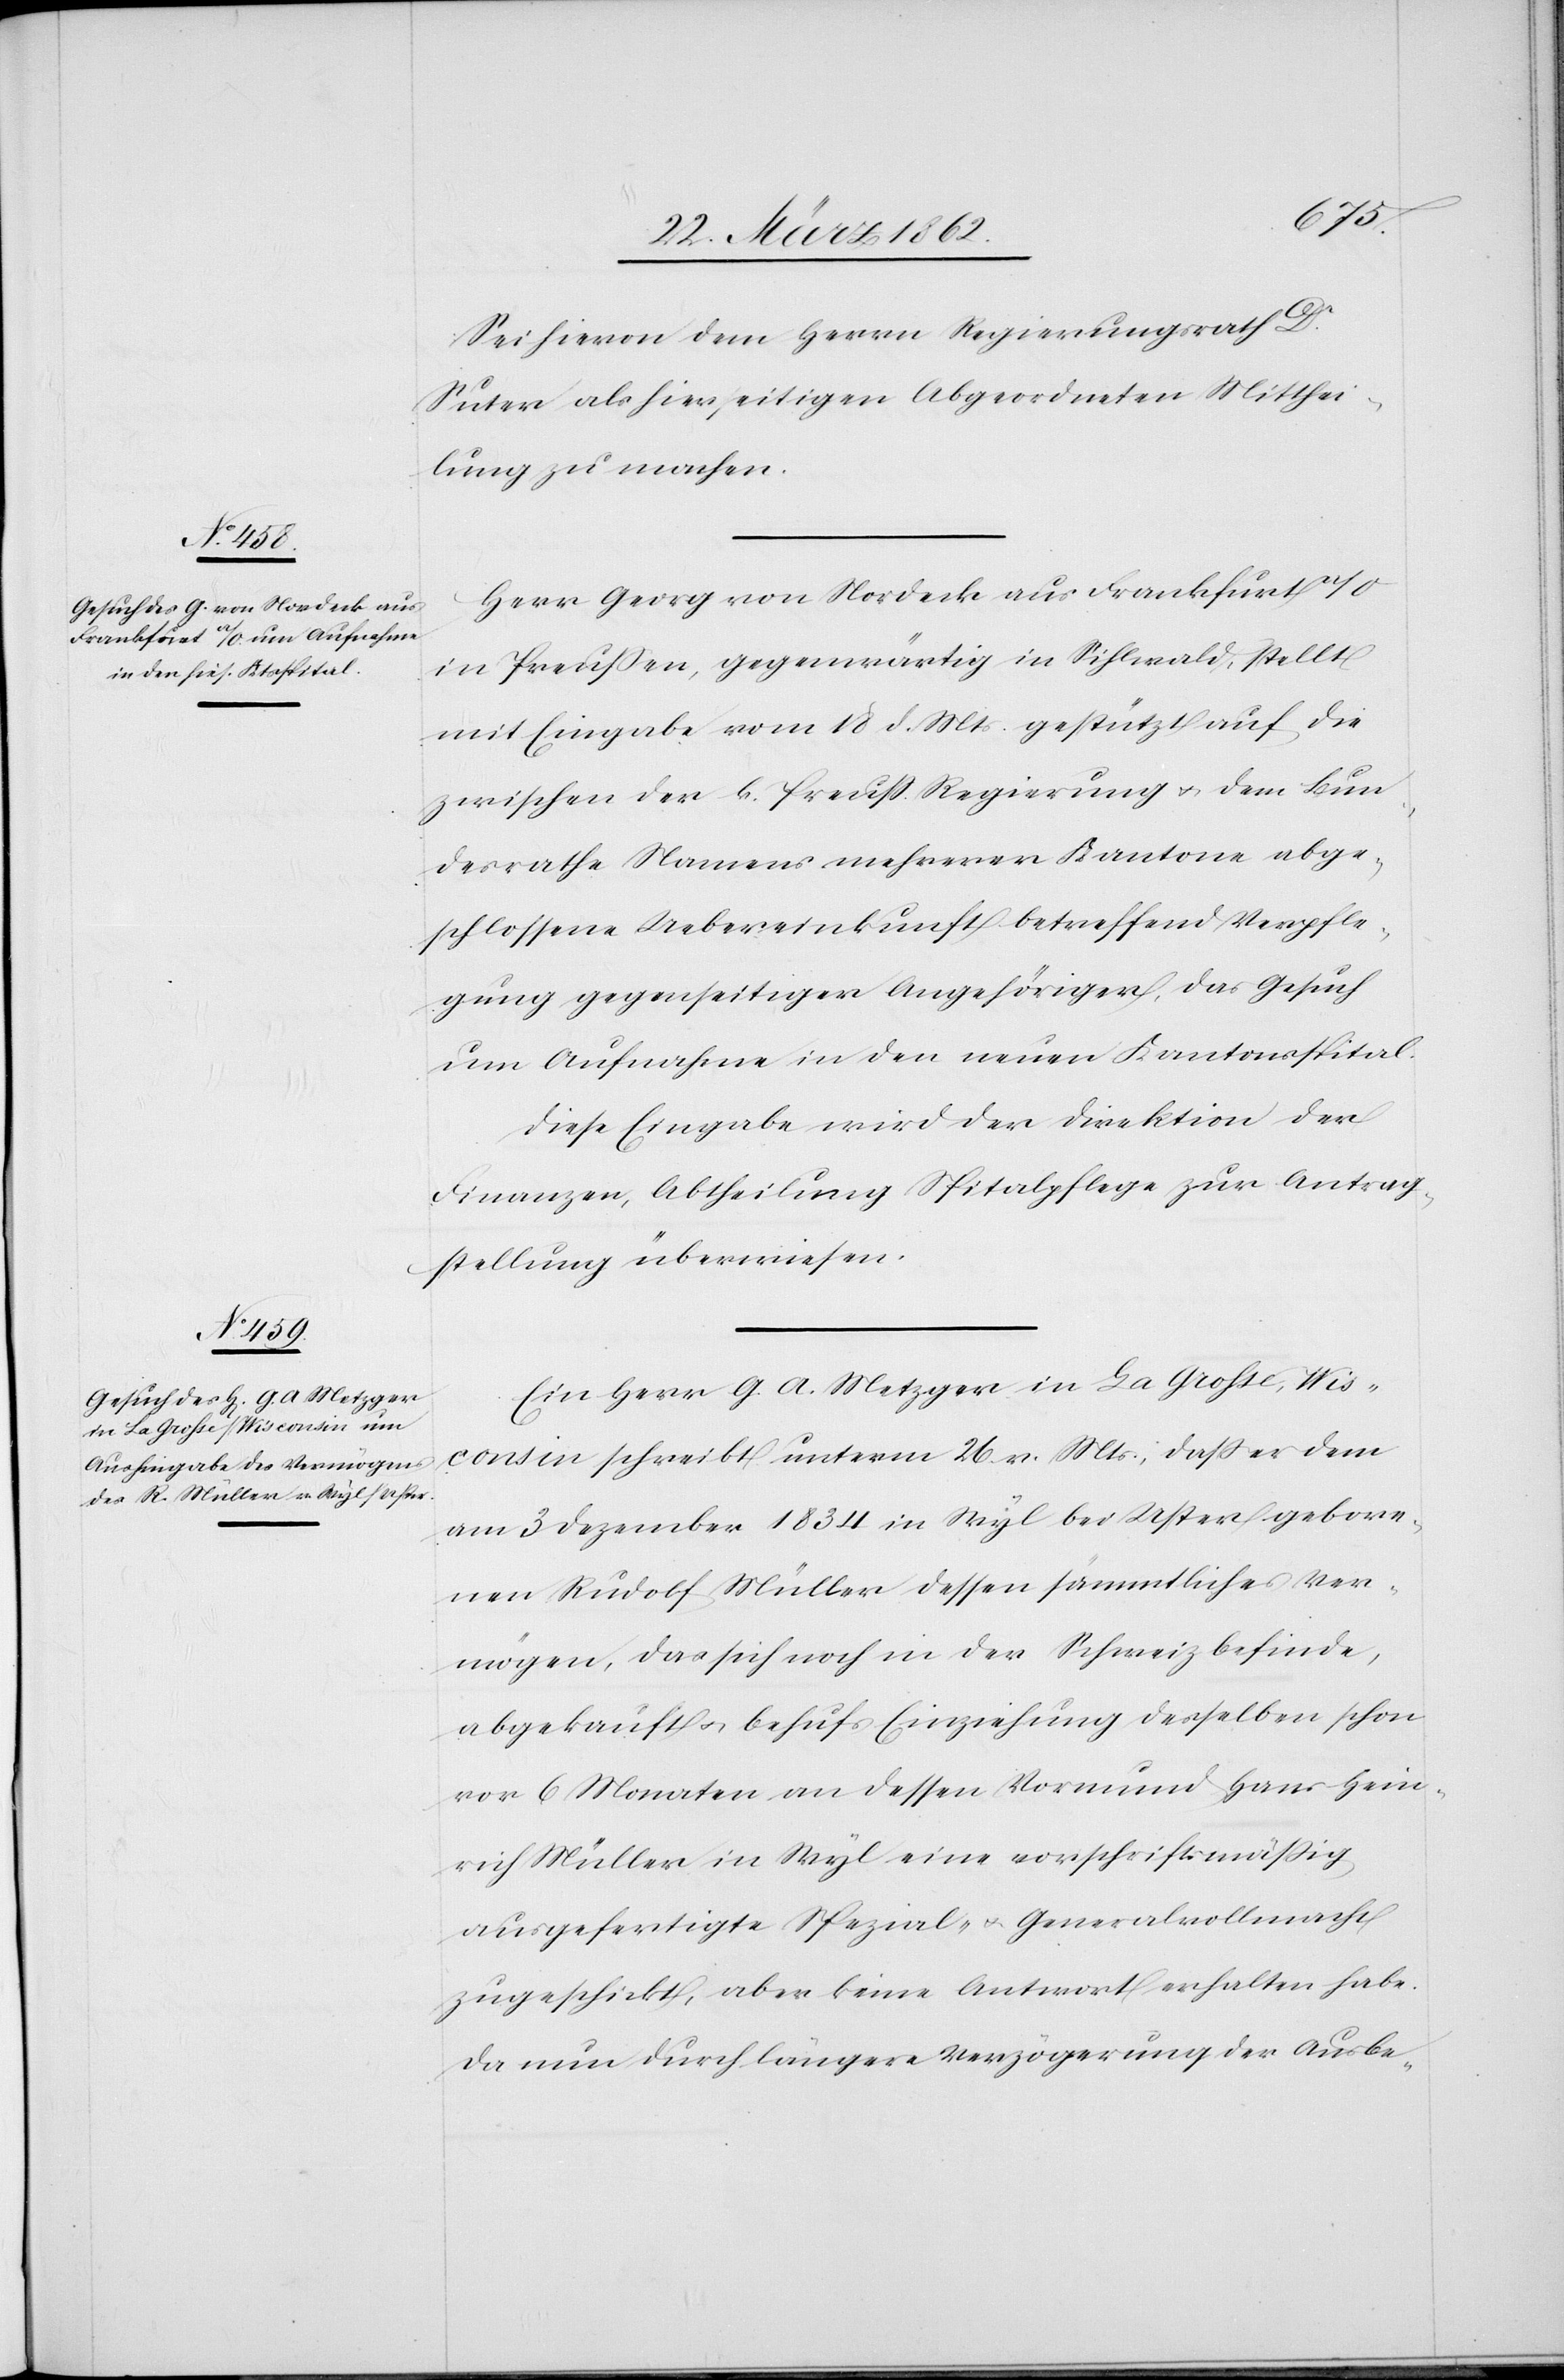
Sei hievon dem Herrn Regierungsrath Dr.
Suter als hierseitigen Abgeordneten Mitthei¬
lung zu machen.
Herr Georg von Nordeck aus Frankfurt a/O
in Preußen, gegenwärtig in Sihlwald, stellt
mit Eingabe vom 18 d. Mts. gestützt auf die
zwischen der k. Preuß. Regierung u. dem Bun¬
desrathe Namens mehrerer Kantone abge¬
schlossene Uebereinkunft betreffend Verpfle¬
gung gegenseitiger Angehöriger, das Gesuch
um Aufnahme in den neuen Kantonsspital.
Diese Eingabe wird der Direktion der
Finanzen, Abtheilung Spitalpflege zur Antrag¬
stellung überwiesen.
Ein Herr G. A. Metzger in La Grosse, Wis¬
consin schreibt unterm 26. v. Mts., daß er dem
am 3 Dezember 1834 in Wyl bei Uster gebore¬
nen Rudolf Müller dessen sämmtliches Ver¬
mögen, das sich noch in der Schweiz befinde,
abgekauft habe u. behufs Einziehung desselben schon
vor 6 Monaten an dessen Vormund Hans Hein¬
rich Müller in Wyl eine vorschriftsmäßig
ausgefertigte Spezial- u. Generalvollmacht
zugeschickt, aber keine Antwort erhalten habe.
Da nun durch längere Verzögerung der Ausbe-